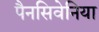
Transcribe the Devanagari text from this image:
पैनसिवेनिया